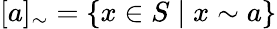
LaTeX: [a]_{\sim}=\{ x\in S\mid x\sim a\}